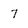
Character: 7